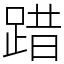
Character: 踖